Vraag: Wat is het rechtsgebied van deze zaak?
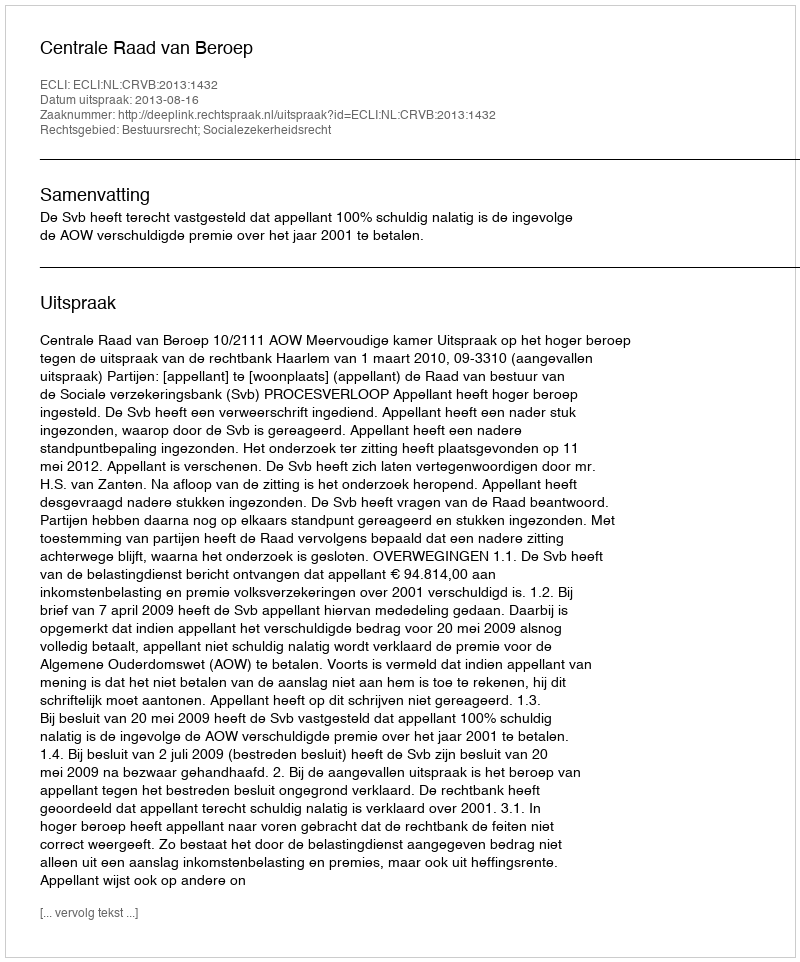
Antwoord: Bestuursrecht; Socialezekerheidsrecht